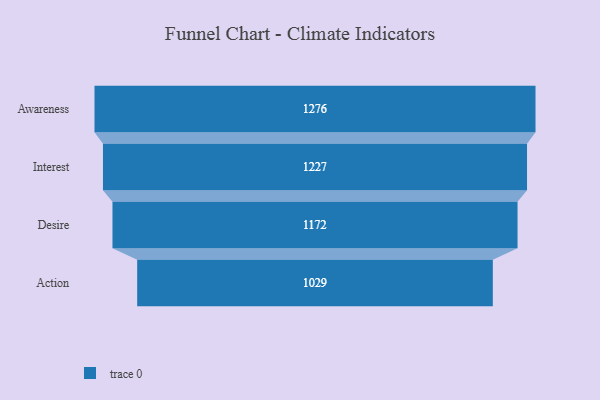
{"axis": {"x": "Stage", "y": "Value"}, "legend": [""], "data": [{"x": "Awareness", "y": 1276.0, "type": ""}, {"x": "Interest", "y": 1227.0, "type": ""}, {"x": "Desire", "y": 1172.0, "type": ""}, {"x": "Action", "y": 1029.0, "type": ""}]}